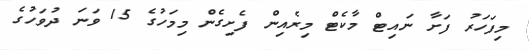
މިފަހަރު ފަށާ ނައިޓް މާކެޓް މިރެއިން ފެށިގެން މިމަހުގެ 15 ވަނަ ދުވަހުގެ